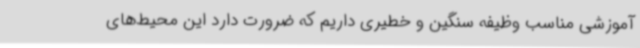
آموزشی مناسب وظیفه سنگین و خطیری داریم که ضرورت دارد این محیط‌های